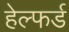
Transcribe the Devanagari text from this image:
हेल्फर्ड